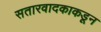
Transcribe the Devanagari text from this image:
सतारवादकाकडून